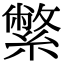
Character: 䌘